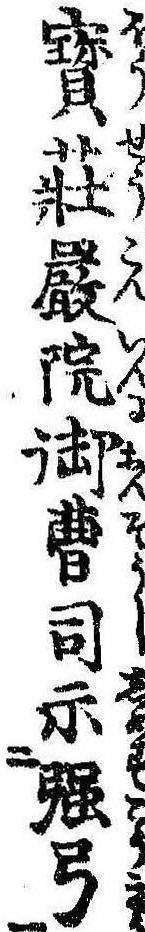
宝荘厳院御曹司示強弓